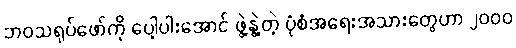
ဘဝသရုပ်ဖော်ကို ပေါ့ပါးအောင် ဖွဲ့နွဲ့တဲ့ ပုံစံအရေးအသားတွေဟာ ၂၀၀၀